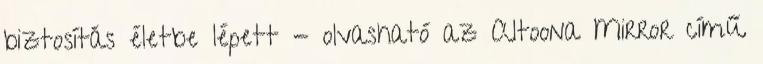
biztosítás életbe lépett - olvasható az Altoona Mirror című